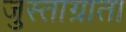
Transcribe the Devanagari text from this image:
जुस्ताग्राता